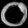
Digit: ၀